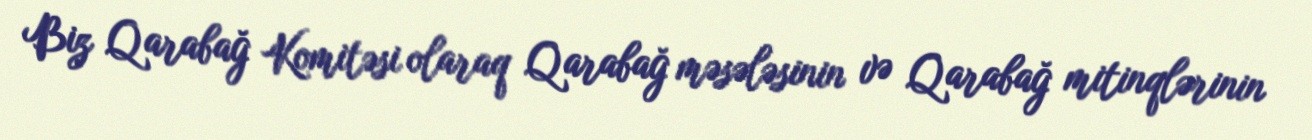
Biz Qarabağ Komitəsi olaraq Qarabağ məsələsinin və Qarabağ mitinqlərinin